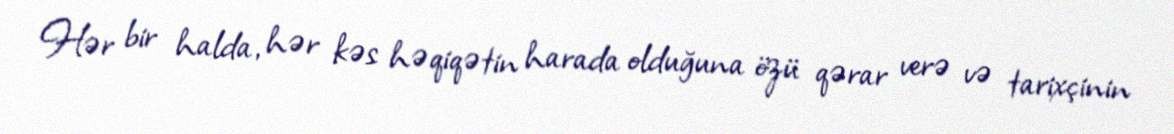
Hər bir halda, hər kəs həqiqətin harada olduğuna özü qərar verə və tarixçinin